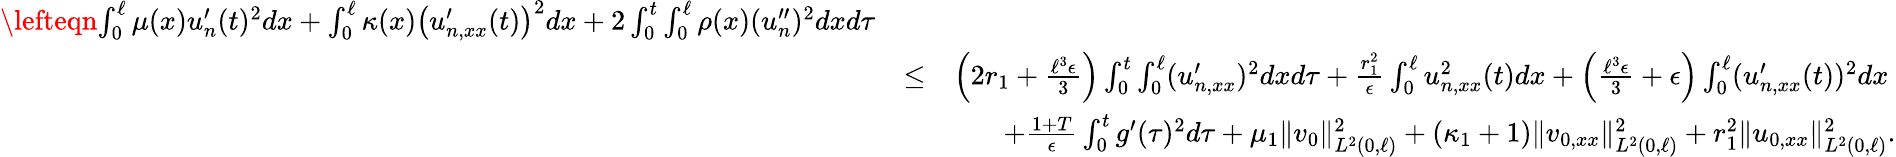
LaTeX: \begin{array}{rlr}{\lefteqn{\int_{0}^{\ell}\mu(x)u_{n}^{\prime}(t)^{2}dx+\int_{0}^{\ell}\kappa(x)\left(u_{n,xx}^{\prime}(t)\right)^{2}dx+2\int_{0}^{t}\int_{0}^{\ell}\rho(x)(u_{n}^{\prime\prime})^{2}dxd\tau}}\\ &{\leq}&{\left(2r_{1}+\frac{\ell^{3}\epsilon}{3}\right)\int_{0}^{t}\int_{0}^{\ell}(u_{n,xx}^{\prime})^{2}dxd\tau+\frac{r_{1}^{2}}{\epsilon}\int_{0}^{\ell}u_{n,xx}^{2}(t)dx+\left(\frac{\ell^{3}\epsilon}{3}+\epsilon\right)\int_{0}^{\ell}(u_{n,xx}^{\prime}(t))^{2}dx\ }\\ &{}&{+\frac{1+T}{\epsilon}\int_{0}^{t}g^{\prime}(\tau)^{2}d\tau+\mu_{1}\Vert v_{0}\Vert_{L^{2}(0,\ell)}^{2}+\left(\kappa_{1}+1\right)\Vert v_{0,xx}\Vert_{L^{2}(0,\ell)}^{2}+r_{1}^{2}\Vert u_{0,xx}\Vert_{L^{2}(0,\ell)}^{2}.}\end{array}